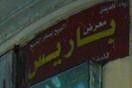
باريس